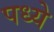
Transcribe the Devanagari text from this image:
पध्ये